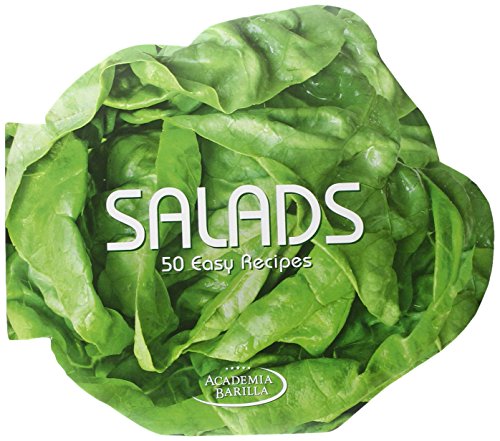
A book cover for Salads: 50 Easy Recipes; Academia Barilla; Cookbooks, Food & Wine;